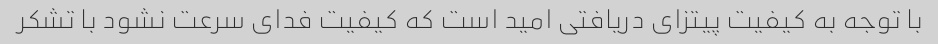
با توجه به کیفیت پیتزای دریافتی امید است که کیفیت فدای سرعت نشود با تشکر